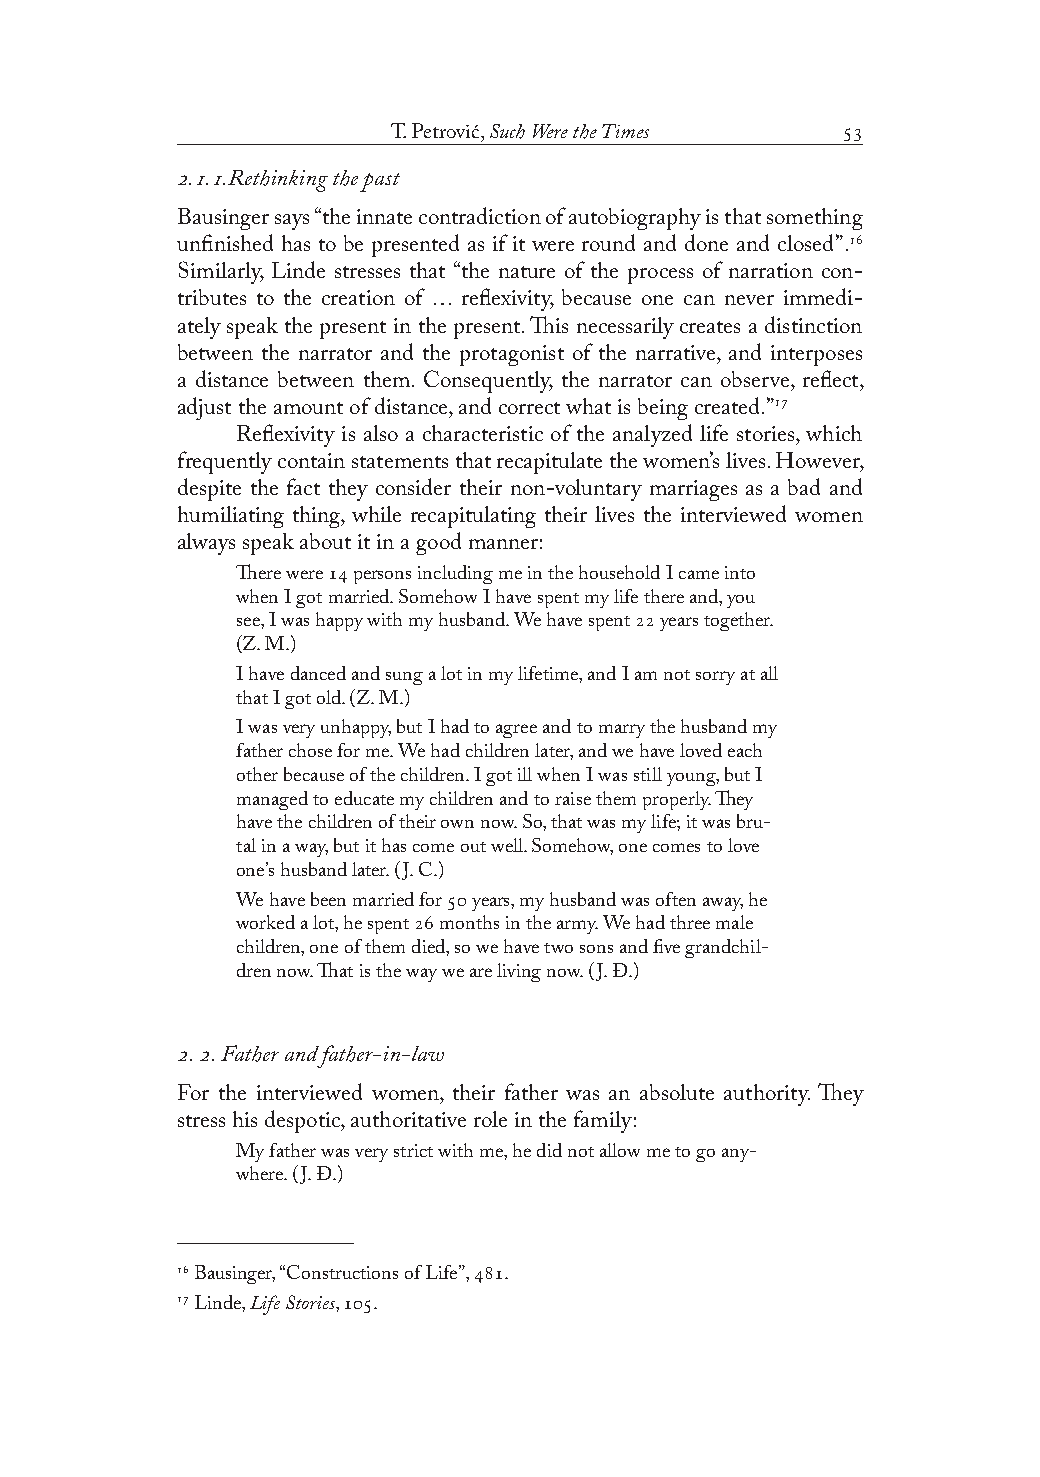
T. Petrović, Such Were the Times 
 ...Rethinking the past
 Bausinger says “the innate contradiction of autobiography is that something
 unfinished has to be presented as if it were round and done and closed”.
 Similarly, Linde stresses that “the nature of the process of narration con-
 tributes to the creation of … reflexivity, because one can never immedi-
 ately speak the present in the present. This necessarily creates a distinction
 between the narrator and the protagonist of the narrative, and interposes
 a distance between them. Consequently, the narrator can observe, reflect,
 adjust the amount of distance, and correct what is being created.”
 Reflexivity is also a characteristic of the analyzed life stories, which
 frequently contain statements that recapitulate the women’s lives. However,
 despite the fact they consider their non-voluntary marriages as a bad and
 humiliating thing, while recapitulating their lives the interviewed women
 always speak about it in a good manner:
 There were  persons including me in the household I came into
 when I got married. Somehow I have spent my life there and, you
 see, I was happy with my husband. We have spent  years together.
 (Z. M.)
 I have danced and sung a lot in my lifetime, and I am not sorry at all
 that I got old. (Z. M.)
 I was very unhappy, but I had to agree and to marry the husband my
 father chose for me. We had children later, and we have loved each
 other because of the children. I got ill when I was still young, but I
 managed to educate my children and to raise them properly. They
 have the children of their own now. So, that was my life; it was bru-
 tal in a way, but it has come out well. Somehow, one comes to love
 one’s husband later. (J. C.)
 We have been married for  years, my husband was often away, he
 worked a lot, he spent  months in the army. We had three male
 children, one of them died, so we have two sons and five grandchil-
 dren now. That is the way we are living now. (J. Đ.)
 . . Father and father-in-law
 For the interviewed women, their father was an absolute authority. They
 stress his despotic, authoritative role in the family:
 My father was very strict with me, he did not allow me to go any-
 where. (J. Đ.)
  Bausinger, “Constructions of Life”, .
  Linde, Life Stories, .